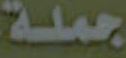
جملة